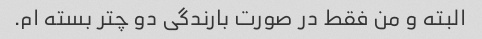
البته و من فقط در صورت بارندگی دو چتر بسته ام.